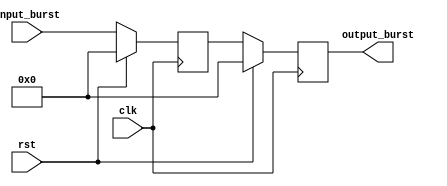
module burst_synchronizer (
    input wire clk,
    input wire rst,
    input wire [15:0] input_burst,
    output reg [15:0] output_burst
);

reg [15:0] synced_burst;

// Synchronization block
always @(posedge clk) begin
    if (rst) begin
        synced_burst <= 16'b0;
    end else begin
        synced_burst <= input_burst;
    end
end

// Timing control block
always @(posedge clk) begin
    if (rst) begin
        output_burst <= 16'b0;
    end else begin
        output_burst <= synced_burst;
    end
end

endmodule